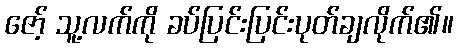
ဇော့် သူ့လက်ကို ခပ်ပြင်းပြင်းပုတ်ချလိုက်၏။